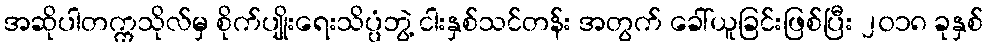
အဆိုပါတက္ကသိုလ်မှ စိုက်ပျိုးရေးသိပ္ပံဘွဲ့ ငါးနှစ်သင်တန်း အတွက် ခေါ်ယူခြင်းဖြစ်ပြီး ၂၀၁၈ ခုနှစ်